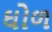
ઘોળ